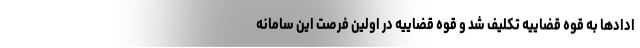
ادادها به قوه قضاییه تکلیف شد و قوه قضاییه در اولین فرصت این سامانه